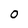
Character: O